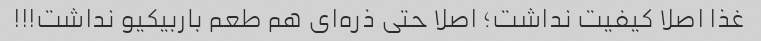
غذا اصلا کیفیت نداشت؛ اصلا حتی ذره‌ای هم طعم باربیکیو نداشت!!!